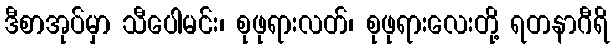
ဒီစာအုပ်မှာ သီပေါမင်း၊ စုဖုရားလတ်၊ စုဖုရားလေးတို့ ရတနာဂီရိ